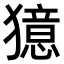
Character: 𤢛